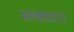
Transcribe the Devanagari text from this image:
साचणारा